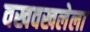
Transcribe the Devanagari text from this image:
वखवखलेला